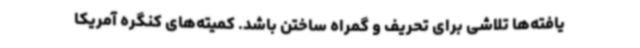
یافته‌ها تلاشی برای تحریف و گمراه ساختن باشد. کمیته‌های کنگره آمریکا